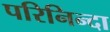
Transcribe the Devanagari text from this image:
परिनिन्दा